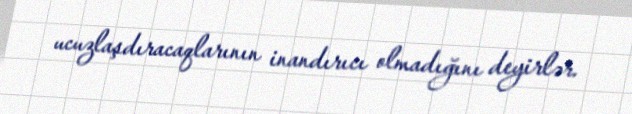
ucuzlaşdıracaqlarının inandırıcı olmadığını deyirlər.